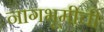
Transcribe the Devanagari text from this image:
नागभूमीची